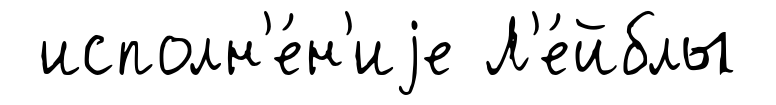
исполн'е́н'иjе Л'е́йблы